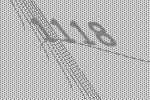
1118